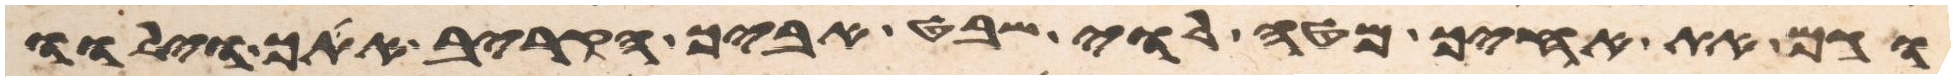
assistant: וגם את אחיך מטה לוי שבט אביך הקריב אתך וילוו